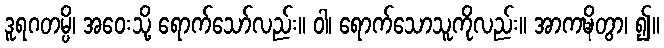
ဒူရဂတမ္ပိ၊ အဝေးသို့ ရောက်သော်လည်း။ ဝါ၊ ရောက်သောသူကိုလည်း။ အာကဍ္ဎိတွာ၊ ၍။